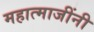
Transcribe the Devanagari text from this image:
महात्माजींनी